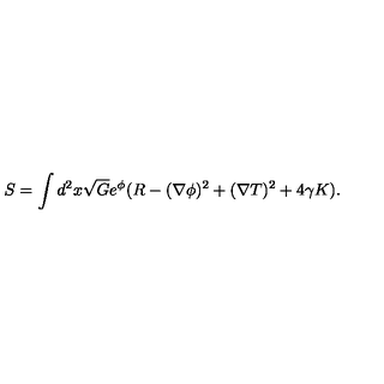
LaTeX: S = \int d ^ { 2 } x \sqrt { G } e ^ { \phi } ( R - ( \nabla \phi ) ^ { 2 } + ( \nabla T ) ^ { 2 } + 4 \gamma K ) . \nonumber